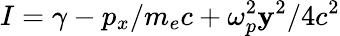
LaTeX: I=\gamma-p_{x}/m_{e}c+\omega_{p}^{2}\mathbf{y}^{2}/4c^{2}